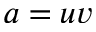
a = u v